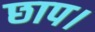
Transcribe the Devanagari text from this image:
छाप।